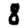
Digit: 8